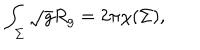
\int _ { \Sigma } \sqrt g R _ { g } = 2 \pi \chi ( \Sigma ) ,